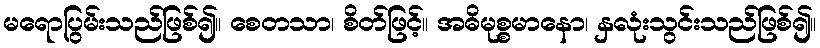
မရောပြွမ်းသည်ဖြစ်၍။ စေတသာ၊ စိတ်ဖြင့်။ အဓိမုစ္စမာနော၊ နှလုံးသွင်းသည်ဖြစ်၍။